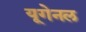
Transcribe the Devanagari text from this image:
यूगेनल